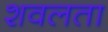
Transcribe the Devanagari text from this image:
शवलता